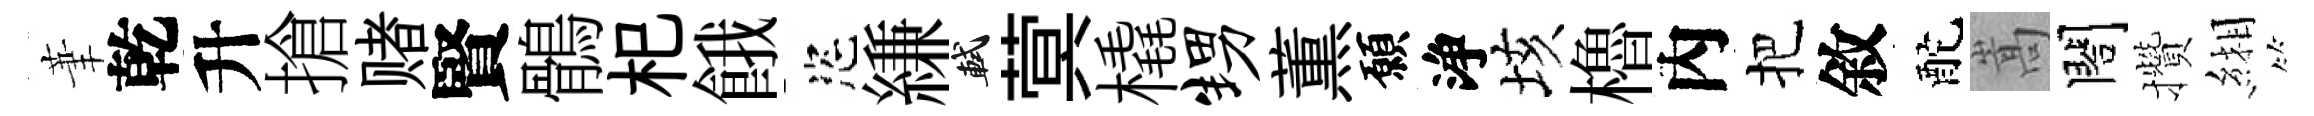
茟乾升搶赌賢鶻𣏌餓恣縑軾蓂橇甥薫願浄垓櫓內把敘酡嵩閤攢緗